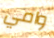
وامي